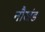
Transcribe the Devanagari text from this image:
नौखंड